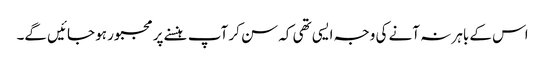
اس کے باہر نہ آنے کی وجہ ایسی تھی کہ سن کر آپ ہنسنے پر مجبور ہو جائیں گے۔